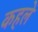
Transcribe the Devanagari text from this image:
कहले